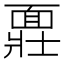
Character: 𩈪